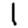
Digit: 1